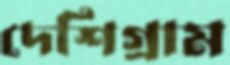
দেশিগ্রাম